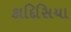
કાદિસિયા